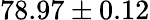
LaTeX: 78.97\pm 0.12